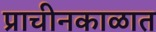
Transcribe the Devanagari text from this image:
प्राचीनकाळात